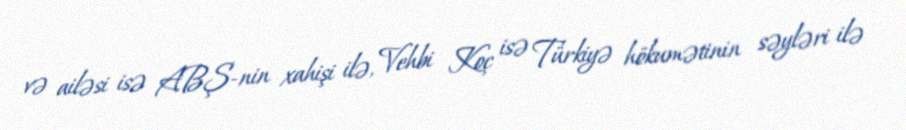
və ailəsi isə ABŞ-nin xahişi ilə, Vehbi Koç isə Türkiyə hökumətinin səyləri ilə